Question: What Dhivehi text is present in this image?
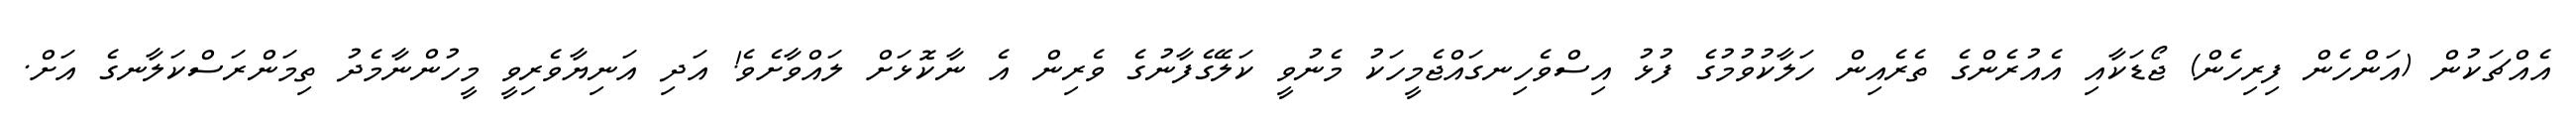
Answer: އެއްޗަކުން (އަންހެން ފިރިހެން) ޖޯޑަކާއި އެއުރެންގެ ތެރެއިން ހަލާކުވުމުގެ ފުޅު އިސްވެހިނގައްޖެމީހަކު މެނުވީ ކަލޭގެފާނުގެ ވެރިން އެ ނާކޮޅަށް ލައްވާށެވެ! އަދި އަނިޔާވެރިވީ މީހުންނާމެދު ތިމަންރަސްކަލާނގެ އަށް.